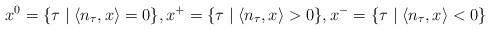
LaTeX: \begin{align*}x^0 =\{ \tau \mid \langle n_\tau,x \rangle =0 \}, x^+ =\{ \tau \mid \langle n_\tau,x \rangle > 0 \}, x^- =\{ \tau \mid \langle n_\tau,x \rangle < 0 \}\end{align*}